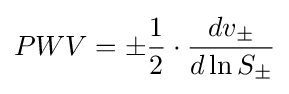
PWV=\pm {\frac {1}{2}}\cdot {\frac {dv_{\pm }}{d\ln S_{\pm }}}